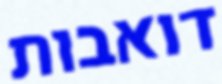
דואבות